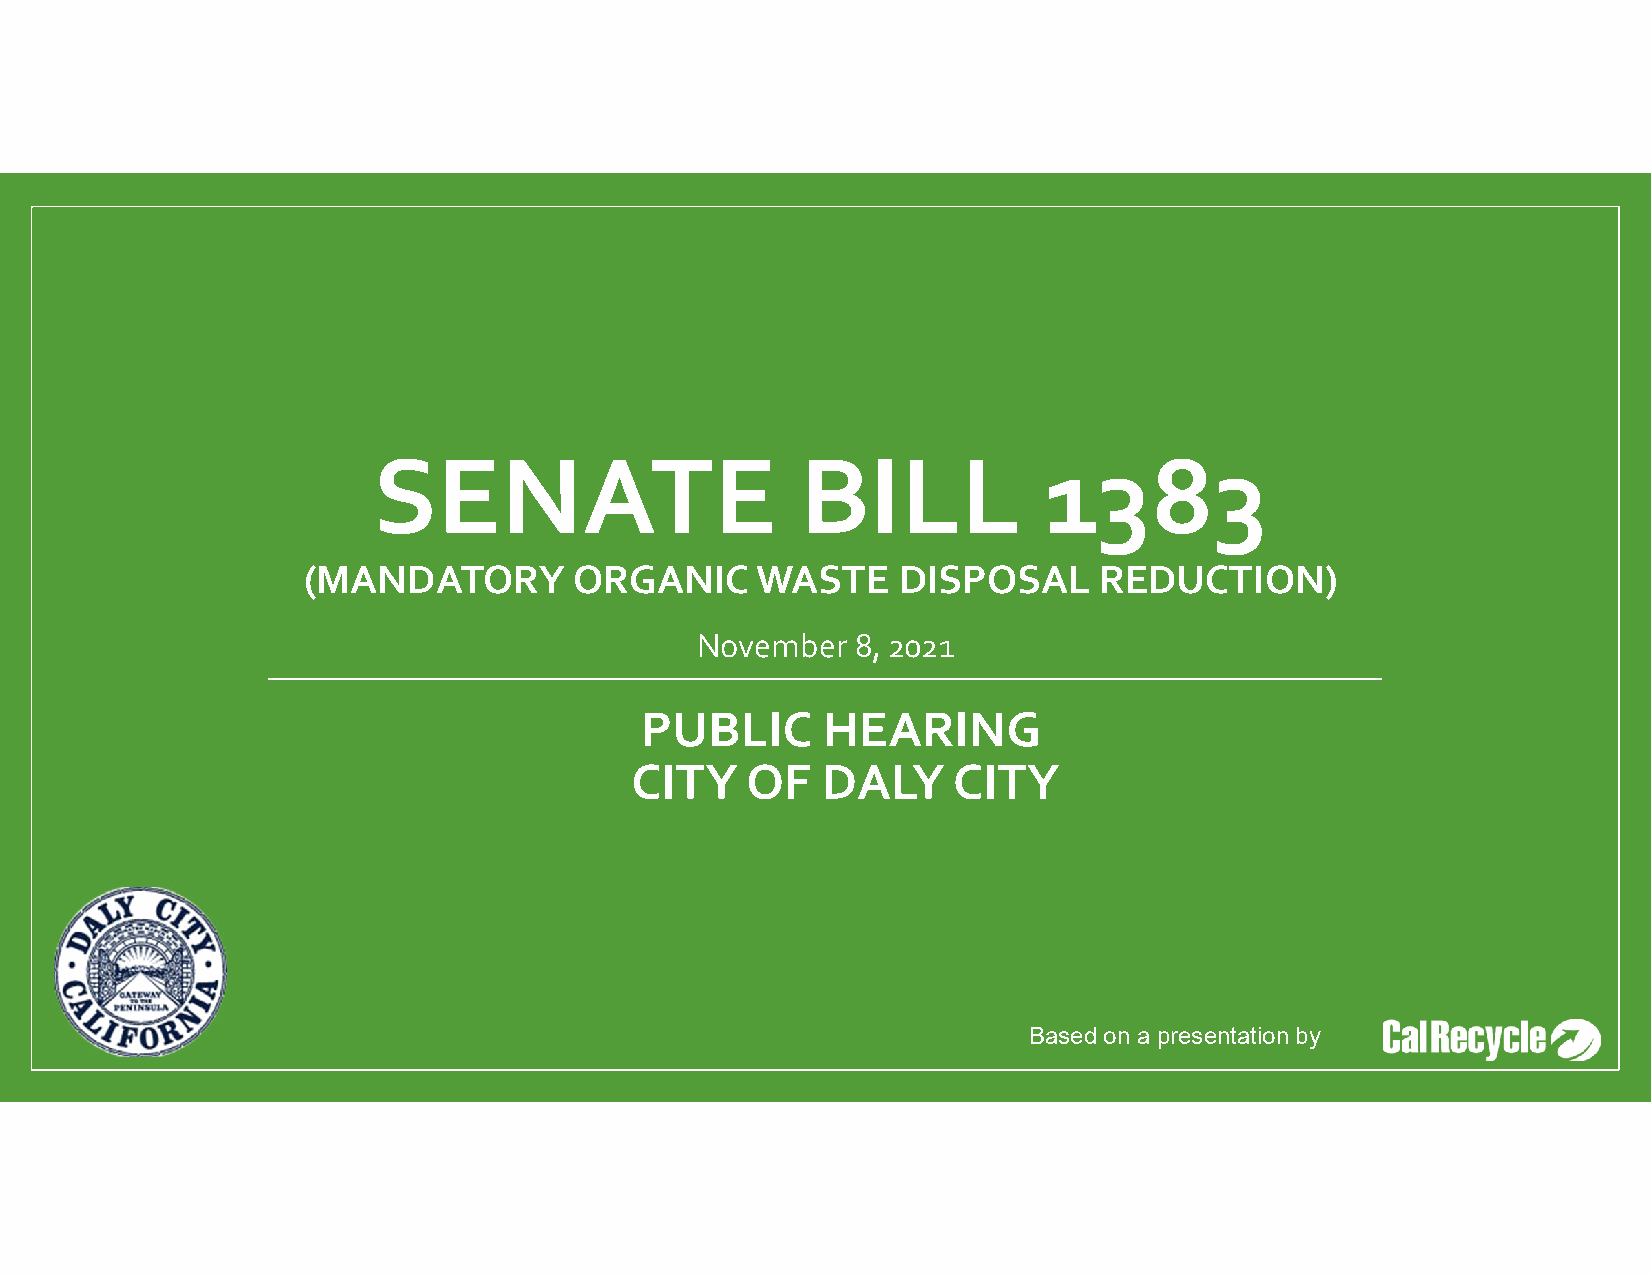
SENATE                      BILL            1383
 (MANDATORY        ORGANIC     WASTE    DISPOSAL      REDUCTION)
 November   8, 2021
 PUBLIC      HEARING
 CITY   OF   DALY     CITY
 Based on a presentation by